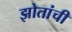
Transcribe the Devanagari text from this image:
झोतांची